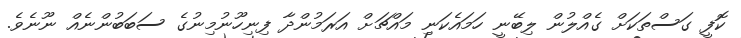
ކޮފީ ގަސްތަކަށް ގެއްލުން ލިބޭނީ ހަމައެކަނި މައްޗަށް އަރަމުންދާ ފިނިހޫނުމިނުގެ ސަބަބުންނެއް ނޫނެވެ.